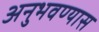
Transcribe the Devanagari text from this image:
अनुभवण्यास